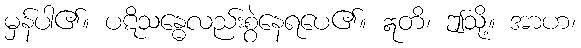
မှန်ပါ၏။ ပဋိသန္ဓေလည်းစွဲနေရပေ၏။ ဣတိ၊ ဤသို့။ အာဟ၊